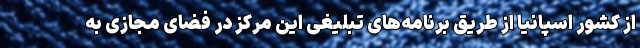
از کشور اسپانیا از طریق برنامه‌های تبلیغی این مرکز در فضای مجازی به